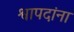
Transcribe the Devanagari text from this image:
श्वापदांना